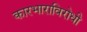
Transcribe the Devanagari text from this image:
कारभाराविरोधी